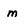
Character: m